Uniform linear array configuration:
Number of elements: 64
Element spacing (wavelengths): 0.25
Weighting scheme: cosine
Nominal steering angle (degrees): -30
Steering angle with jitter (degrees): -31.593
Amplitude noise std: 0.05
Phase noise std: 0.05

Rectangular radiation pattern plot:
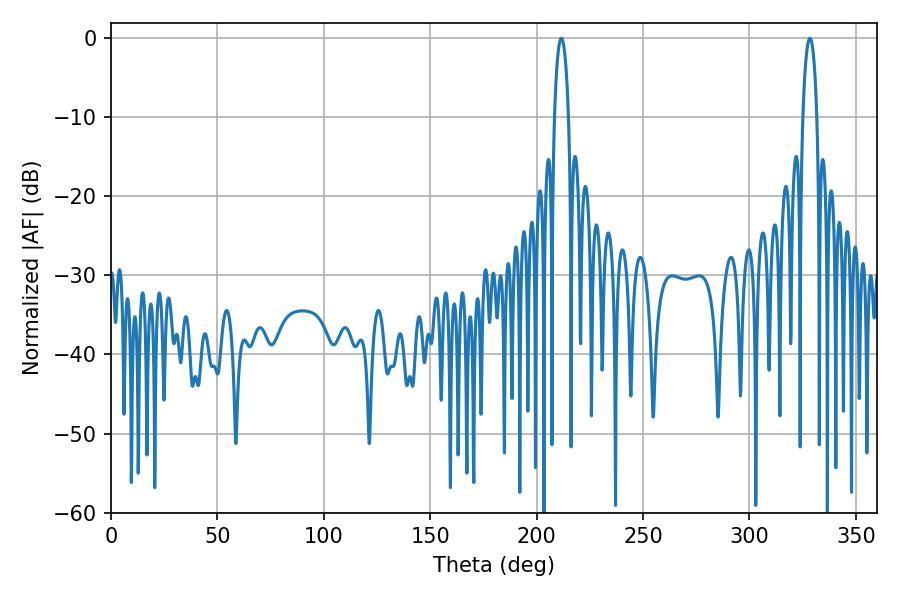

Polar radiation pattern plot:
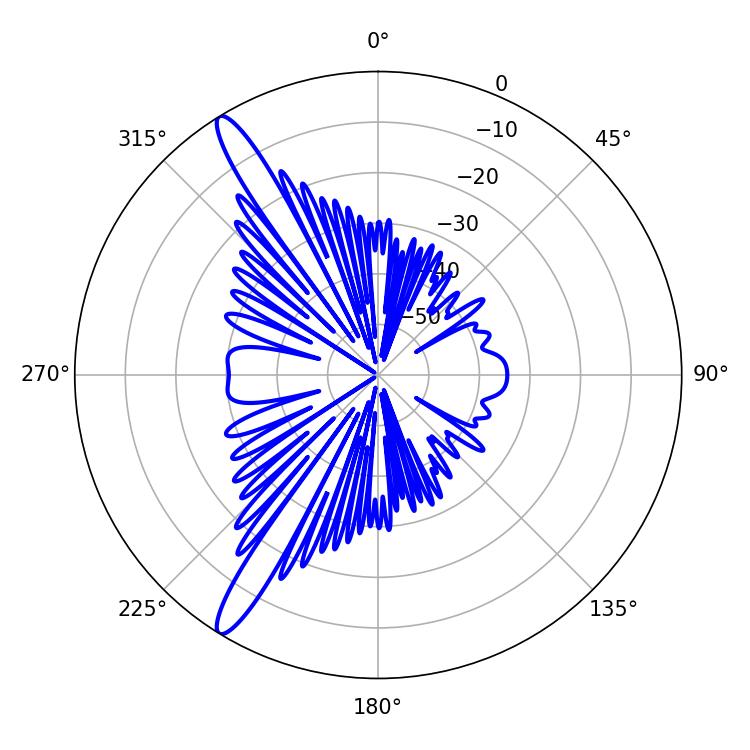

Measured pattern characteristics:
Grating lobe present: FALSE
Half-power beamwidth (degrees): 3.78
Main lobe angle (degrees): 328.32